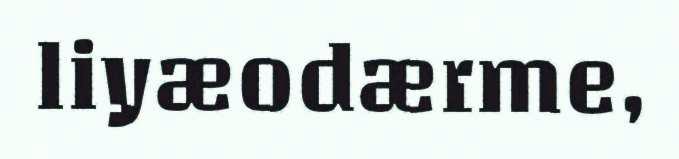
liyæodærme,